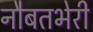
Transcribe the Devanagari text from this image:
नौबतभेरी